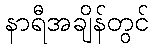
နာရီအချိန်တွင်